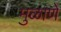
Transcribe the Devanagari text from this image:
मुळाणे